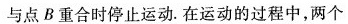
与点B重合时停止运动。在运动的过程中，两个